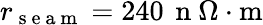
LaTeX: r_{\mathrm{~s~e~a~m~}}=240\, \mathrm{~n~}\Omega\cdot\mathrm{m}